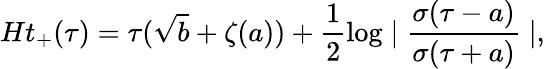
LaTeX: Ht_{+}(\tau)=\tau(\sqrt{b}+\zeta(a))+\frac{1}{2}\log\mid\frac{\sigma(\tau-a)}{\sigma(\tau+a)}\mid,